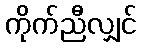
ကိုက်ညီလျှင်